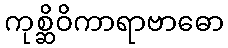
ကုစ္ဆိဝိကာရာဗာဓော